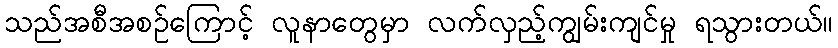
သည်အစီအစဉ်ကြောင့် လူနာတွေမှာ လက်လှည့်ကျွမ်းကျင်မှု ရသွားတယ်။